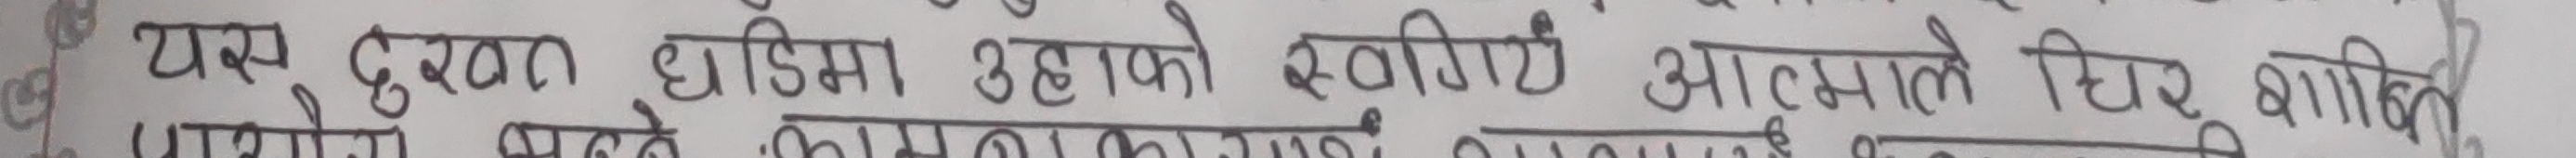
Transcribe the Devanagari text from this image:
यस दुःख घडीमा उहाको स्वर्गीय आत्माले चिर शान्ति